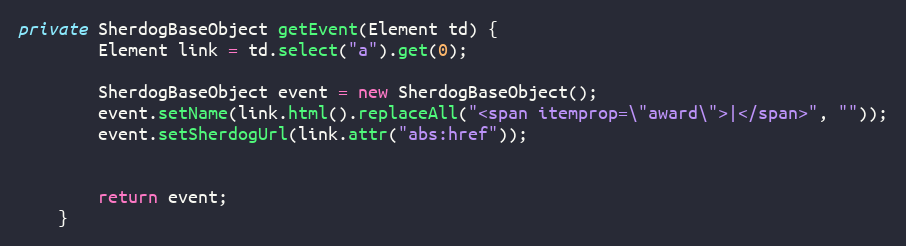
Language: Java
private SherdogBaseObject getEvent(Element td) {
        Element link = td.select("a").get(0);

        SherdogBaseObject event = new SherdogBaseObject();
        event.setName(link.html().replaceAll("<span itemprop=\"award\">|</span>", ""));
        event.setSherdogUrl(link.attr("abs:href"));

        return event;
    }